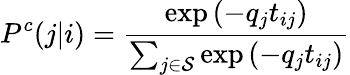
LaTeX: P^{c}(j|i)=\frac{\exp{\left(-q_{j}t_{ij}\right)}}{\sum_{j\in\mathcal{S}}\exp{\left(-q_{j}t_{ij}\right)}}